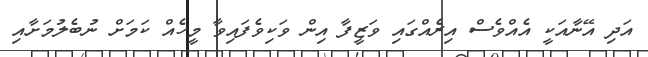
އަދި އޭނާއަކީ އެއްވެސް އިރެއްގައި ވަޒީފާ އިން ވަކިވެފައިވާ މީހެއް ކަމަށް ނުބެލުމަށާއި